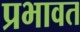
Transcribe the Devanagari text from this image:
प्रभावत